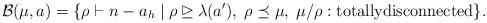
LaTeX: \begin{align*}\mathcal{B}(\mu,a)=\{\rho\vdash n-a_h\mid\rho\unrhd\lambda(a'),\;\rho\preceq\mu,\;\mu/\rho:\text{totallydisconnected}\}.\end{align*}